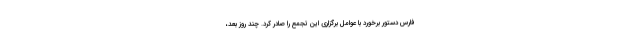
فارس دستور برخورد با عوامل برگزاری این تجمع را صادر کرد. چند روز بعد،